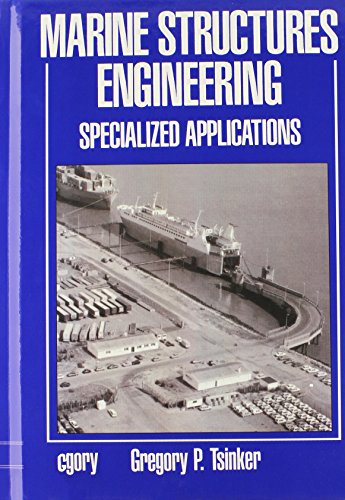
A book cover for Marine Structures Engineering: Specialized Applications; Gregory Tsinker; Engineering & Transportation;